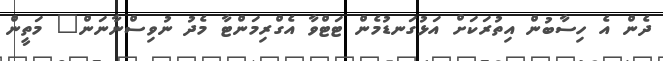
ދެން އެ ހިސާބުން އިތުރަކަށް އަޅުގަނޑުމެން ޓަޓްވާ އެގްރިމަންޓާ މެދު ނުވިސްނާނަން" މަތީން